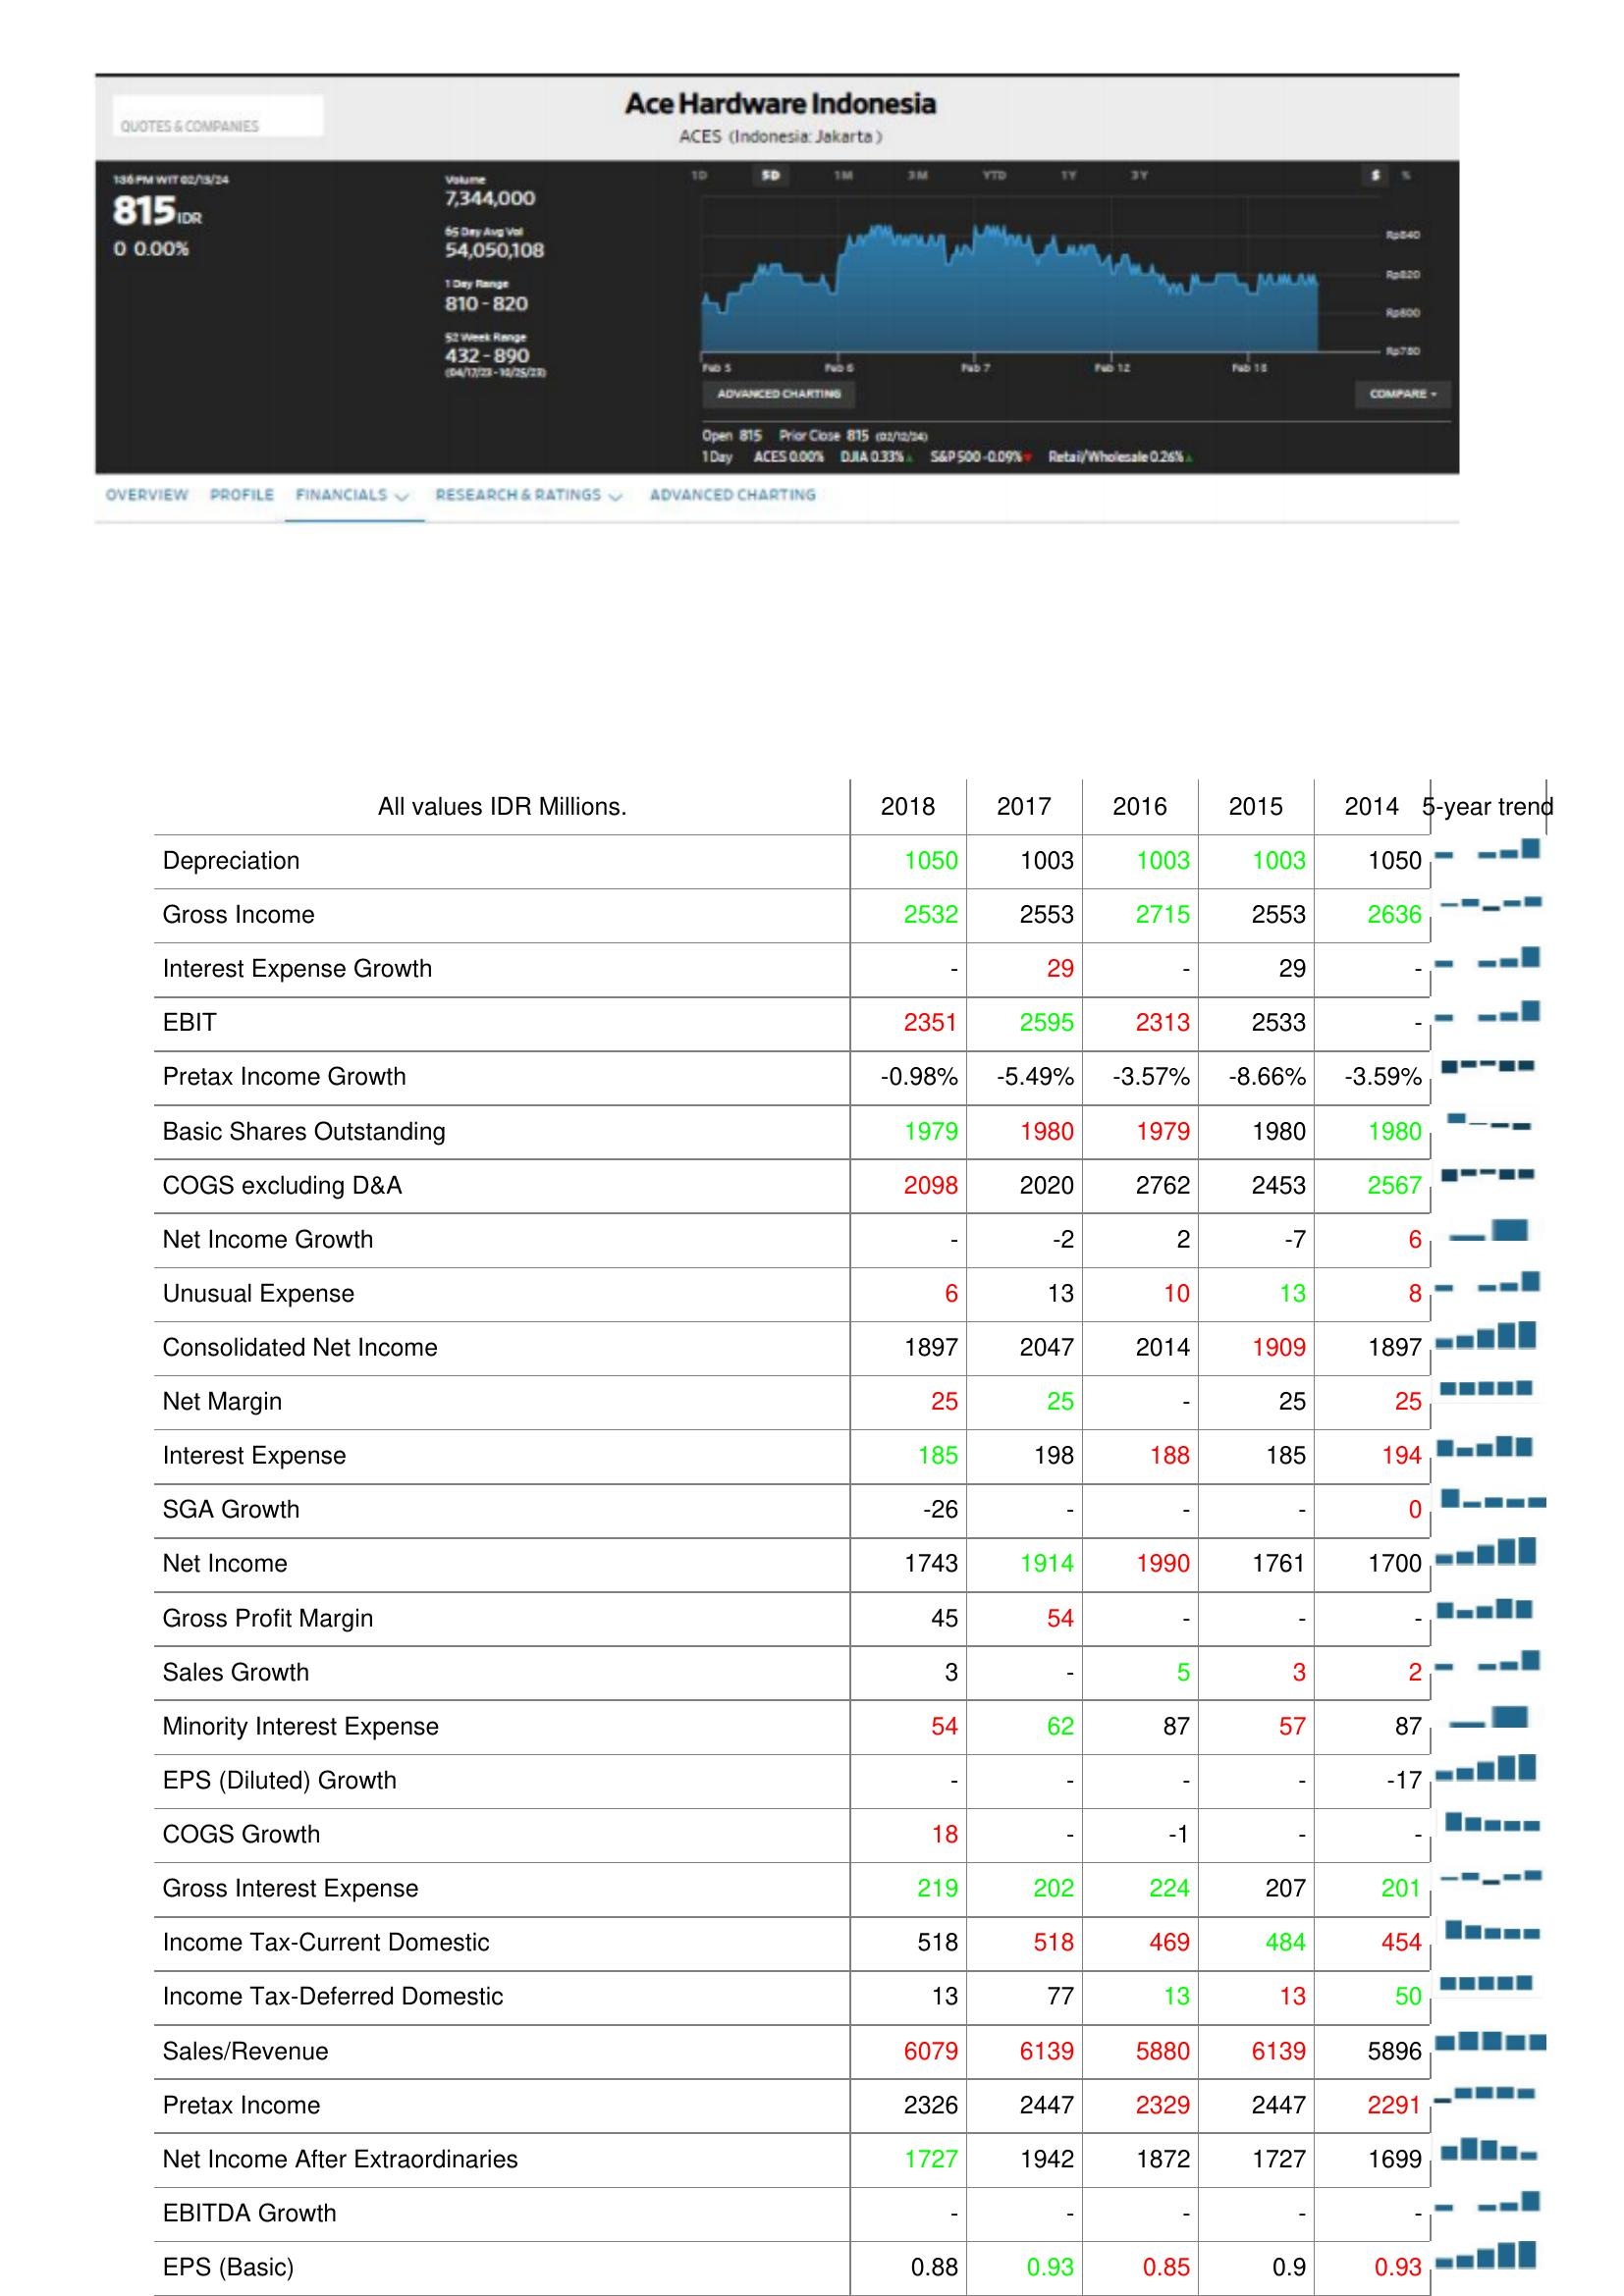
2018: : Depreciation: 1050
Gross Income: 2532
Interest Expense Growth: -
EBIT: 2351
Pretax Income Growth: -0.98%
Basic Shares Outstanding: 1979
COGS excluding D&A: 2098
Net Income Growth: -
Unusual Expense: 6
Consolidated Net Income: 1897
Net Margin: 25
Interest Expense: 185
SGA Growth: -26
Net Income: 1743
Gross Profit Margin: 45
Sales Growth: 3
Minority Interest Expense: 54
EPS (Diluted) Growth: -
COGS Growth: 18
Gross Interest Expense: 219
Income Tax-Current Domestic: 518
Income Tax-Deferred Domestic: 13
Sales/Revenue: 6079
Pretax Income: 2326
Net Income After Extraordinaries: 1727
EBITDA Growth: -
EPS (Basic): 0.88
2017: : Depreciation: 1003
Gross Income: 2553
Interest Expense Growth: 29
EBIT: 2595
Pretax Income Growth: -5.49%
Basic Shares Outstanding: 1980
COGS excluding D&A: 2020
Net Income Growth: -2
Unusual Expense: 13
Consolidated Net Income: 2047
Net Margin: 25
Interest Expense: 198
SGA Growth: -
Net Income: 1914
Gross Profit Margin: 54
Sales Growth: -
Minority Interest Expense: 62
EPS (Diluted) Growth: -
COGS Growth: -
Gross Interest Expense: 202
Income Tax-Current Domestic: 518
Income Tax-Deferred Domestic: 77
Sales/Revenue: 6139
Pretax Income: 2447
Net Income After Extraordinaries: 1942
EBITDA Growth: -
EPS (Basic): 0.93
2016: : Depreciation: 1003
Gross Income: 2715
Interest Expense Growth: -
EBIT: 2313
Pretax Income Growth: -3.57%
Basic Shares Outstanding: 1979
COGS excluding D&A: 2762
Net Income Growth: 2
Unusual Expense: 10
Consolidated Net Income: 2014
Net Margin: -
Interest Expense: 188
SGA Growth: -
Net Income: 1990
Gross Profit Margin: -
Sales Growth: 5
Minority Interest Expense: 87
EPS (Diluted) Growth: -
COGS Growth: -1
Gross Interest Expense: 224
Income Tax-Current Domestic: 469
Income Tax-Deferred Domestic: 13
Sales/Revenue: 5880
Pretax Income: 2329
Net Income After Extraordinaries: 1872
EBITDA Growth: -
EPS (Basic): 0.85
2015: : Depreciation: 1003
Gross Income: 2553
Interest Expense Growth: 29
EBIT: 2533
Pretax Income Growth: -8.66%
Basic Shares Outstanding: 1980
COGS excluding D&A: 2453
Net Income Growth: -7
Unusual Expense: 13
Consolidated Net Income: 1909
Net Margin: 25
Interest Expense: 185
SGA Growth: -
Net Income: 1761
Gross Profit Margin: -
Sales Growth: 3
Minority Interest Expense: 57
EPS (Diluted) Growth: -
COGS Growth: -
Gross Interest Expense: 207
Income Tax-Current Domestic: 484
Income Tax-Deferred Domestic: 13
Sales/Revenue: 6139
Pretax Income: 2447
Net Income After Extraordinaries: 1727
EBITDA Growth: -
EPS (Basic): 0.9
2014: : Depreciation: 1050
Gross Income: 2636
Interest Expense Growth: -
EBIT: -
Pretax Income Growth: -3.59%
Basic Shares Outstanding: 1980
COGS excluding D&A: 2567
Net Income Growth: 6
Unusual Expense: 8
Consolidated Net Income: 1897
Net Margin: 25
Interest Expense: 194
SGA Growth: 0
Net Income: 1700
Gross Profit Margin: -
Sales Growth: 2
Minority Interest Expense: 87
EPS (Diluted) Growth: -17
COGS Growth: -
Gross Interest Expense: 201
Income Tax-Current Domestic: 454
Income Tax-Deferred Domestic: 50
Sales/Revenue: 5896
Pretax Income: 2291
Net Income After Extraordinaries: 1699
EBITDA Growth: -
EPS (Basic): 0.93